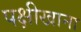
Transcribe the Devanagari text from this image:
पक्षीखाना